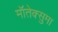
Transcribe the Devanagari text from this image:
मॉतेक्सुमा